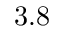
3 . 8